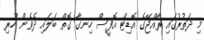
މި ދަތުރުގައި ރާއްޖޭގެ އޮޑިޓް އޮފީސް ހިނގާ ގޮތް ބަލައި ދެވެން ހުރި